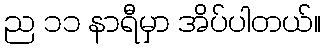
ည ၁၁ နာရီမှာ အိပ်ပါတယ်။